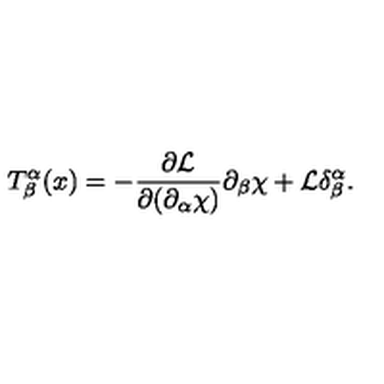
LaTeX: T _ { \beta } ^ { \alpha } ( x ) = - \frac { \partial \mathcal { L } } { \partial ( \partial _ { \alpha } \chi ) } \partial _ { \beta } \chi + \mathcal { L } \delta _ { \beta } ^ { \alpha } .